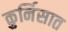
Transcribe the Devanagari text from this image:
कुर्निसात